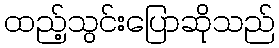
ထည့်သွင်းပြောဆိုသည်